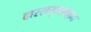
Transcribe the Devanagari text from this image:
दारलख़लाफ़ा